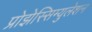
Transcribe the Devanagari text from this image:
प्रोझेस्सिम्युलेशन